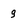
Character: g